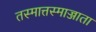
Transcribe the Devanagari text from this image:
तस्मात्तस्माज्जाता